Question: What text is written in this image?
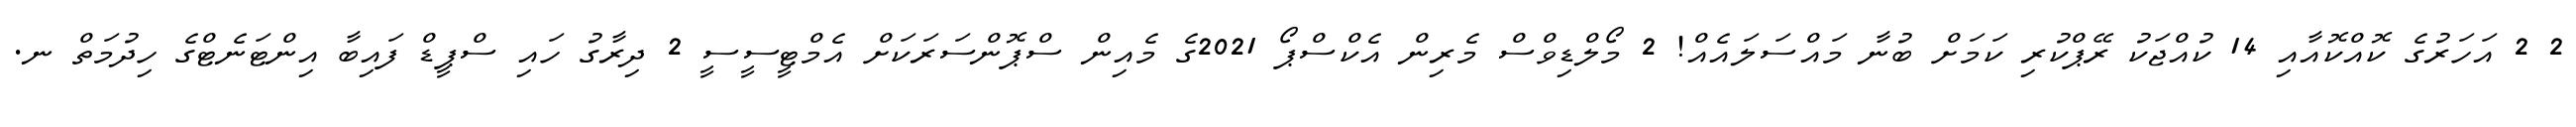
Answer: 2 2 އަހަރުގެ ކޮއްކޮއާއި 14 ކުއްޖަކު ރޭޕްކުރި ކަމަށް ބުނާ މައްސަލައެއް! 2 މޯލްޑިވްސް މެރިން އެކްސްޕޯ 2021ގެ މެއިން ސްޕޮންސަރަކަށް އެމްޓީސީސީ 2 ދިރާގު ހައި ސްޕީޑް ފައިބާ އިންޓަނެޓްގެ ހިދުމަތް ނ.